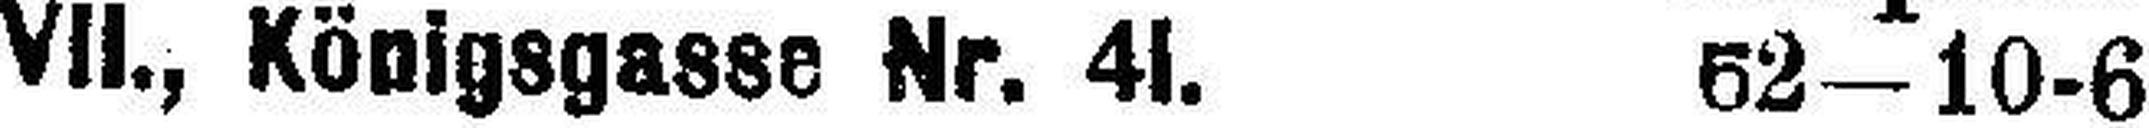
VII., Königsgasse Nr. 41. 52—10-6